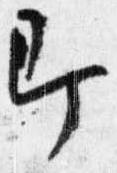
即